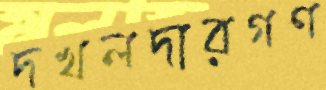
দখলদারগণ